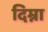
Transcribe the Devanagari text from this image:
दिम्ना